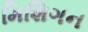
મિશિગન